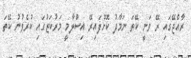
ރާއްޖޭގައި ރޭ ވަނީ ކޭތަ ނަމާދު ކޮށްފައިރޭ އިސްލާމީ މަރުކަޒުގައި ކުރެވުނު ކޭތަ